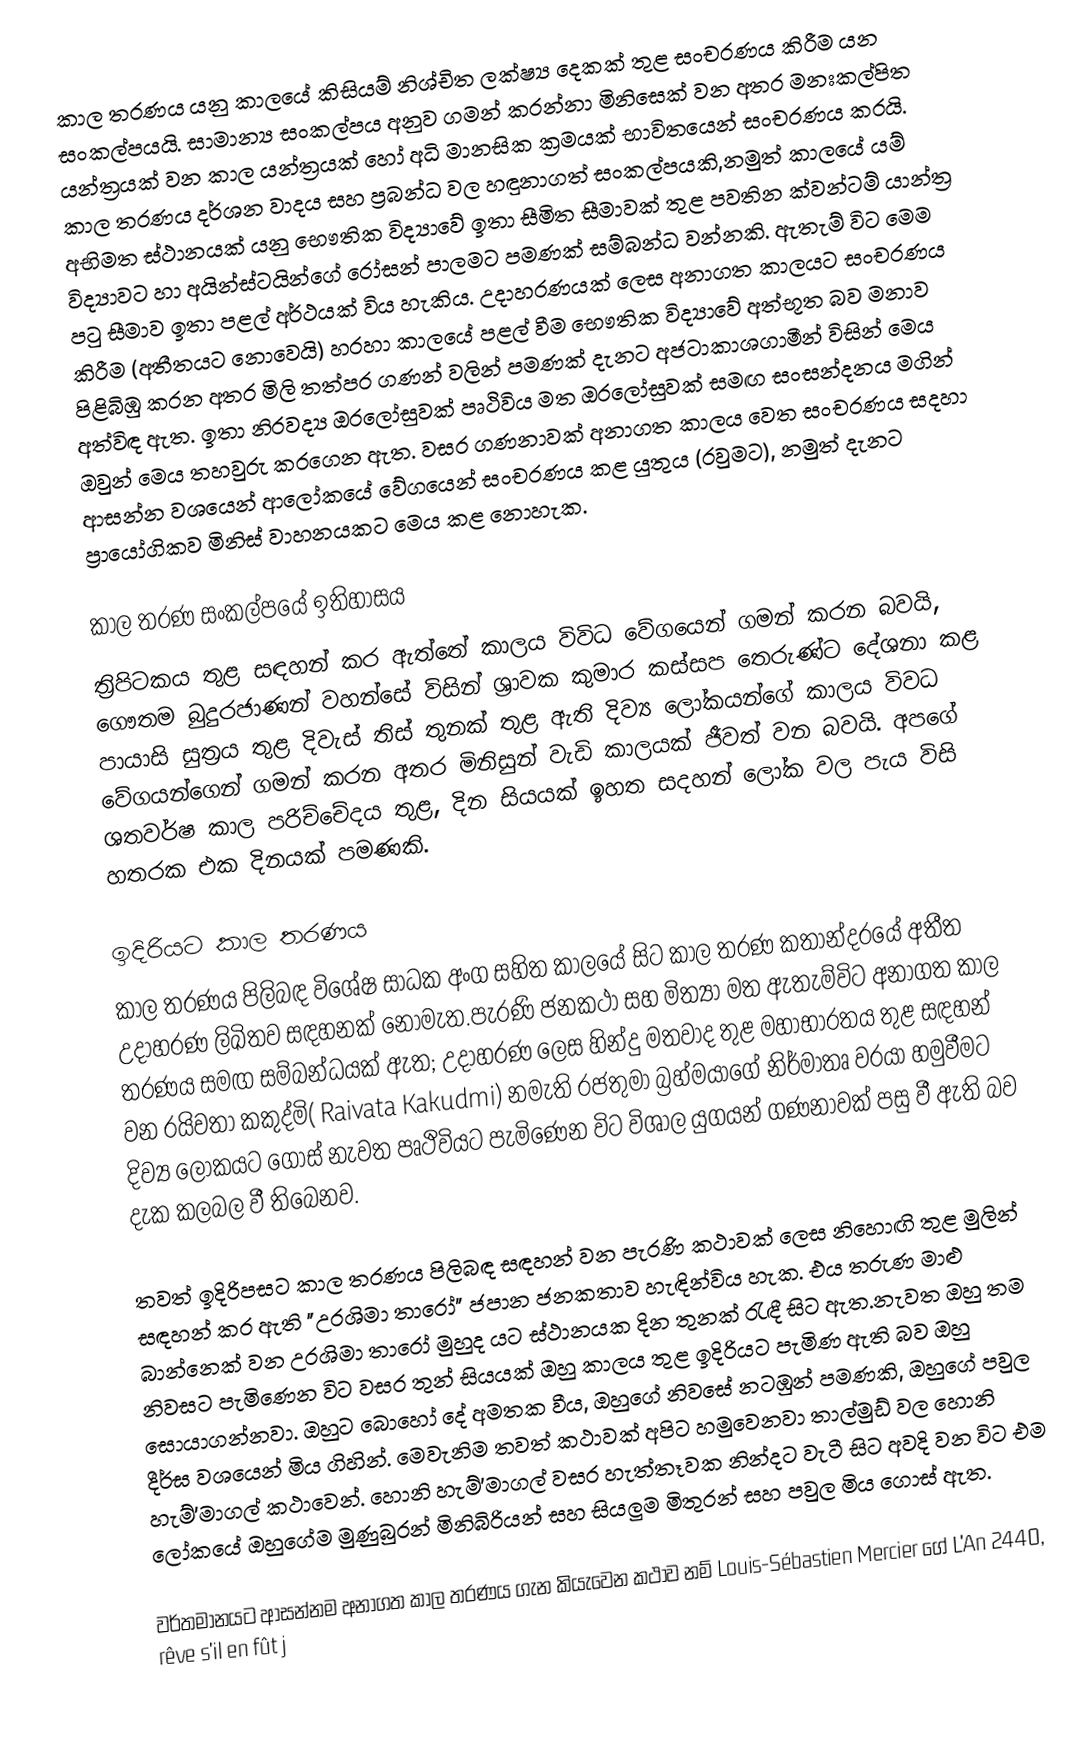
කාල තරණය යනු කාලයේ කිසියම් නිශ්චිත ලක්ෂ්‍ය දෙකක් තුළ සංචරණය කිරීම යන සංකල්පයයි.  සාමාන්‍ය සංකල්පය අනුව ගමන් කරන්නා මිනිසෙක් වන අතර මනඃකල්පිත යන්ත්‍රයක් වන කාල යන්ත්‍රයක් හෝ අධි මානසික ක්‍රමයක් භාවිතයෙන් සංචරණය කරයි. කාල තරණය දර්ශන වාදය සහ ප්‍රබන්ධ වල හඳුනාගත් සංකල්පයකි,නමුත් කාලයේ යම් අභිමත ස්ථානයක් යනු භෞතික විද්‍යාවේ ඉතා සීමිත සීමාවක් තුළ පවතින ක්වන්ටම් යාන්ත්‍ර විද්‍යාවට හා අයින්ස්ටයින්ගේ රෝසන් පාලමට පමණක් සම්බන්ධ වන්නකි. ඇතැම් විට මෙම පටු සීමාව ඉතා පළල් අර්ථයක් විය හැකිය. උදාහරණයක් ලෙස අනාගත කාලයට සංචරණය කිරීම (අතීතයට නොවෙයි) හරහා කාලයේ පළල් වීම භෞතික විද්‍යාවේ අත්භූත බව මනාව පිළිබිඹු කරන අතර මිලි තත්පර ගණන් වලින් පමණක් දැනට අජටාකාශගාමීන් විසින් මෙය අත්විඳ ඇත. ඉතා නිරවද්‍ය ඔරලෝසුවක් පෘථිවිය මත ඔරලෝසුවක් සමඟ සංසන්දනය මගින් ඔවුන් මෙය තහවුරු කරගෙන ඇත. වසර ගණනාවක් අනාගත කාලය වෙත සංචරණය සදහා ආසන්න වශයෙන් ආලෝකයේ වේගයෙන් සංචරණය කළ යුතුය (රවුමට), නමුත් දැනට ප්‍රායෝගිකව මිනිස් වාහනයකට මෙය කළ නොහැක.

කාල තරණ සංකල්පයේ ඉතිහාසය
ත්‍රිපිටකය තුළ සඳහන් කර ඇත්තේ කාලය විවිධ වේගයෙන් ගමන් කරන බවයි, ගෞතම බුදුරජාණන් වහන්සේ විසින් ශ්‍රාවක කුමාර කස්සප තෙරුණ්ට දේශනා කළ පායාසි සුත්‍රය තුළ දිවැස් තිස් තුනක් තුළ ඇති දිව්‍ය ලෝකයන්ගේ කාලය විවධ වේගයන්ගෙන් ගමන් කරන අතර මිනිසුන් වැඩි කාලයක් ජීවත් වන බවයි. අපගේ ශතවර්ෂ කාල පරිච්චේදය තුළ, දින සියයක් ඉහත සදහන් ලෝක වල පැය විසි හතරක එක දිනයක් පමණකි.

ඉදිරියට කාල තරණය
කාල තරණය පිලිබඳ විශේෂ සාධක අංග සහිත කාලයේ සිට කාල තරණ කතාන්දරයේ අතීත උදාහරණ ලිඛිතව සඳහනක් නොමැත.පැරණි ජනකථා සහ මිත්‍යා මත ඇතැම්විට අනාගත කාල තරණය සමඟ සම්බන්ධයක් ඇත; උදාහරණ ලෙස හින්දු මතවාද තුළ මහාභාරතය තුළ සඳහන් වන රයිවතා කකුද්මි( Raivata Kakudmi) නමැති රජතුමා බ්‍රහ්මයාගේ නිර්මාතෘ වරයා හමුවීමට දිව්‍ය ලෝකයට ගොස් නැවත පෘථිවියට පැමිණෙන විට විශාල යුගයන් ගණනාවක් පසු වී ඇති බව දැක කලබල වී තිබෙනව.

තවත් ඉදිරිපසට කාල තරණය පිලිබඳ සඳහන් වන පැරණි කථාවක් ලෙස නිහොඟි තුළ මුලින් සඳහන් කර ඇති "උරශිමා තාරෝ" ජපාන ජනකතාව හැඳින්විය හැක. එය තරුණ මාළු බාන්නෙක් වන උරශිමා තාරෝ මුහුද යට ස්ථානයක දින තුනක් රැඳී සිට ඇත.නැවත ඔහු තම නිවසට පැමිණෙන විට වසර තුන් සියයක් ඔහු කාලය තුළ ඉදිරියට පැමිණ ඇති බව ඔහු සොයාගන්නවා. ඔහුට බොහෝ දේ අමතක වීය, ඔහුගේ නිවසේ නටඹුන් පමණකි, ඔහුගේ පවුල දීර්ඝ වශයෙන් මිය ගිහින්. මෙවැනිම තවත් කථාවක් අපිට හමුවෙනවා තාල්මුඩ් වල හොනි හැම්'මාගල් කථාවෙන්. හොනි හැම්'මාගල් වසර හැත්තෑවක නින්දට වැටී සිට අවදි වන විට එම ලෝකයේ ඔහුගේම මුණුබුරන් මිනිබිරියන් සහ සියලුම මිතුරන් සහ පවුල මිය ගොස් ඇත.

වර්තමානයට ආසන්නම අනාගත කාල තරණය ගැන කියැවෙන කථාව නම් Louis-Sébastien Mercier ගේ L'An 2440, rêve s'il en fût j